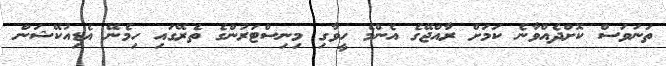
ތަނަވަސް ކޮށްދެއްވާނެ ކަމަށް ރާއްޖޭގެ އެންމެ ހީވާގި މިނިސްޓަރުންގެ ތެރޭގަައި ހިމެނޭ އެޑިއުކޭޝަން